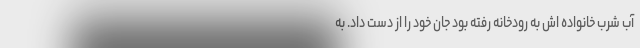
آب شرب خانواده اش به رودخانه رفته بود جان‌ خود را از دست داد. به‌